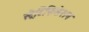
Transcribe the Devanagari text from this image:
स्ट्रैटिफिकेशन